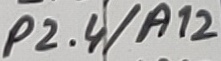
Text: P2.4/A12